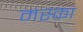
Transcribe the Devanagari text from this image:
मस्का